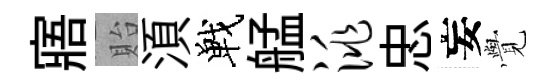
寤貽湏戰艋洮忠妄𮗜